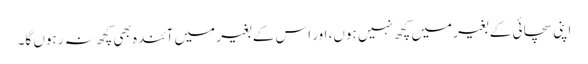
اپنی سچائی کے بغیر میں کچھ نہیں ہوں، اور اس کے بغیر میں آئندہ بھی کچھ نہ رہوں گا۔